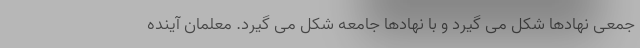
جمعی نهادها شکل می گیرد و با نهادها جامعه شکل می گیرد. معلمان آینده